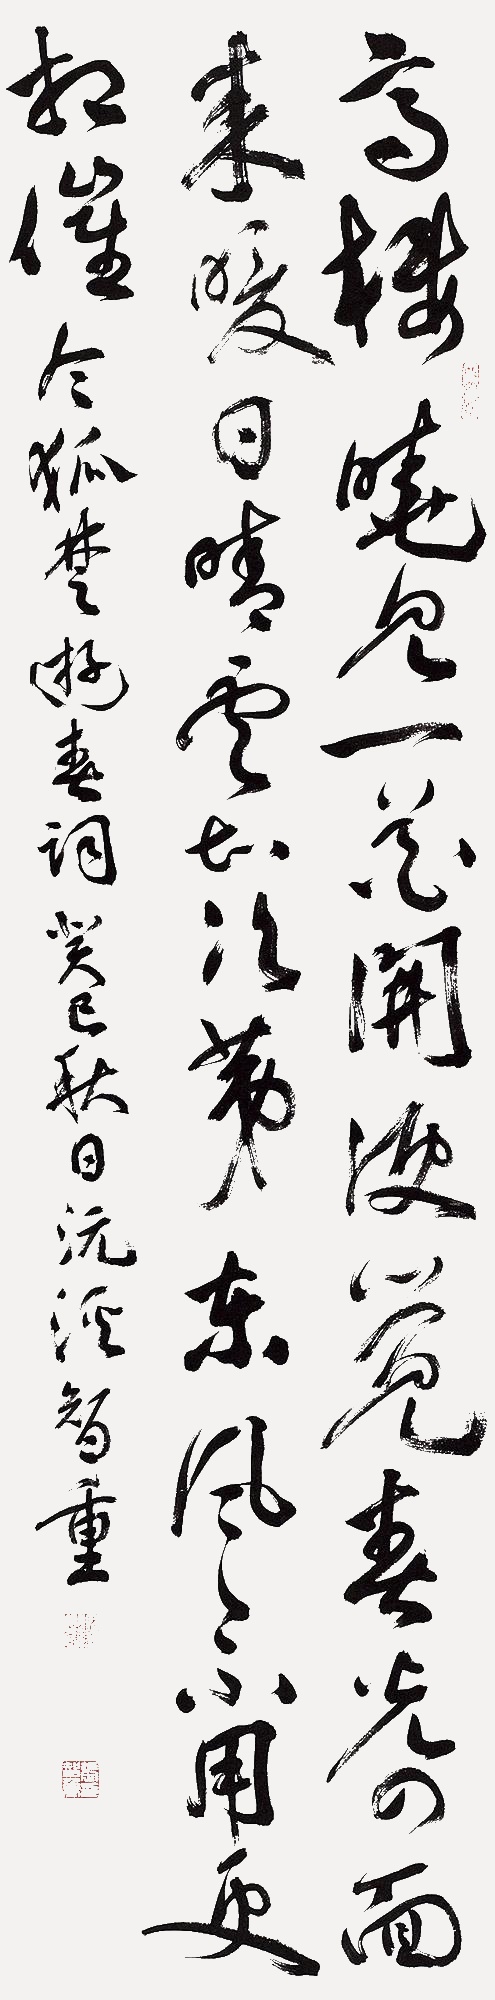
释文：高楼晓见一花开，便觉春光四面来。暖日晴云知次第，东风不用更相催。令狐楚游春词。癸巳秋日沅溪智重。